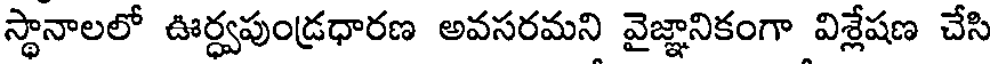
స్థానాలలో ఊర్ధ్వపుండ్రధారణ అవసరమని వైజ్ఞానికంగా విశ్లేషణ చేసి